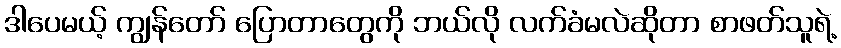
ဒါပေမယ့် ကျွန်တော် ပြောတာတွေကို ဘယ်လို လက်ခံမလဲဆိုတာ စာဖတ်သူရဲ့